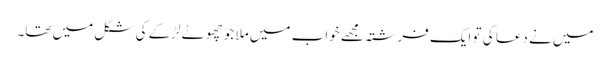
میں نے دعا کی تو ایک فرشتہ مجھے خواب میں ملا جو چھوٹے لڑکے کی شکل میں تھا۔